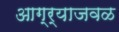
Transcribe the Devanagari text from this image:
आग्र्याजवळ